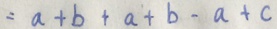
= a + b + a + b - a + c